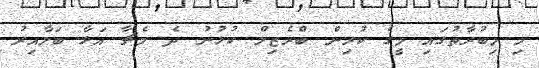
މި މިބުރާތުގައި މީގެ ކުރިން ބްރެޒިލް ކުޅުނު ދެ މެޗާ އަޅާ ބަލާއިރު